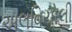
અલવિયોલી